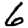
Digit: 6